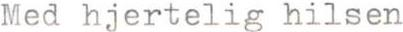
Med hjertelig hilsen